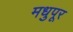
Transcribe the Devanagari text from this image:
मधुपूर